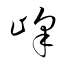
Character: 峰